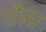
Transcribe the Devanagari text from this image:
गौल्स